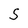
Character: S